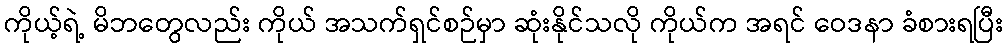
ကိုယ့်ရဲ့ မိဘတွေလည်း ကိုယ် အသက်ရှင်စဉ်မှာ ဆုံးနိုင်သလို ကိုယ်က အရင် ဝေဒနာ ခံစားရပြီး